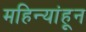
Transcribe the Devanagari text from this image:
महिन्यांहून